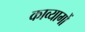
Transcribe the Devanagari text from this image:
काव्यागों